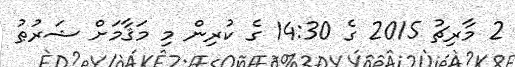
2 މާރިޗު 2015 ގެ 14:30 ގެ ކުރިން މި މަޤާމަށް ޝަރުޠު